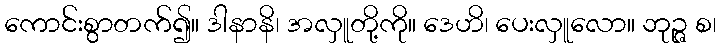
ကောင်းစွာတက်၍။ ဒါနာနိ၊ အလှူတို့ကို။ ဒေဟိ၊ ပေးလှူလော။ ဘုဉ္ဇ စ၊